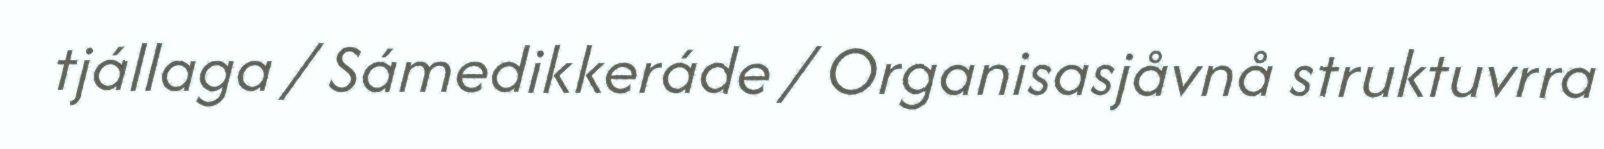
tjállaga / Sámedikkeráde / Organisasjåvnå struktuvrra